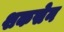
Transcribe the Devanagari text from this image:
शकसेन